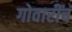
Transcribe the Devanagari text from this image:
गोवारींचं